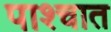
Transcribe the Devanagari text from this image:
पाश्‍चात